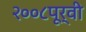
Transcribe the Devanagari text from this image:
२००८पूर्वी